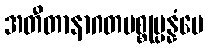
အတီတာနာဂတပစ္စုပ္ပန္နံပေ